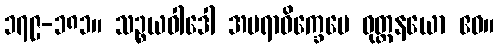
၁၇၉-၁၈၁။ သဉ္စယဝါဒေါ အမရာဝိက္ခေပေ ဝုတ္တနယော ဧဝ။